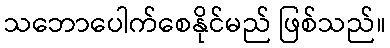
သဘောပေါက်စေနိုင်မည် ဖြစ်သည်။